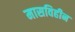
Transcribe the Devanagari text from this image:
मासविहीन